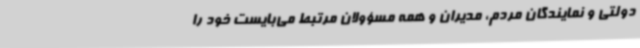
دولتی و نمایندگان مردم، مدیران و همه مسؤولان مرتبط می‌بایست خود را